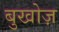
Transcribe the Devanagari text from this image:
बुखोज़